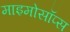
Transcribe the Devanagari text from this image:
माइमोसॉप्स